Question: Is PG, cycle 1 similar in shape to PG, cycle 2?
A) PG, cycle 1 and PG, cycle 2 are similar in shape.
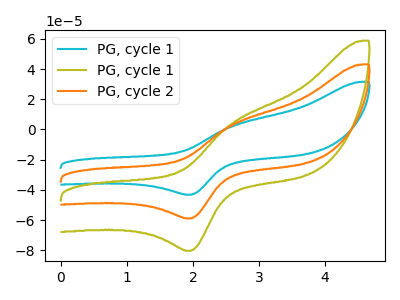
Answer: <think>The cyan curve "PG, cycle 1" has an anodic peak at (2.60V, 7.10uA) and a cathodic peak at (1.95V, -117.65uA). The olive curve "PG, cycle 1" has an anodic peak at (2.60V, 4.85uA) and a cathodic peak at (1.95V, -80.20uA). The orange curve "PG, cycle 2" has an anodic peak at (2.60V, 3.55uA) and a cathodic peak at (1.95V, -58.80uA).
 All the peaks in "PG, cycle 1" have a peak in "PG, cycle 2" at the same potential. Every peak in "PG, cycle 1" is higher than every peak in "PG, cycle 2".</think>
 <answer>A) "PG, cycle 1" and "PG, cycle 2" are similar in shape.</answer>
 <eval>A</eval>